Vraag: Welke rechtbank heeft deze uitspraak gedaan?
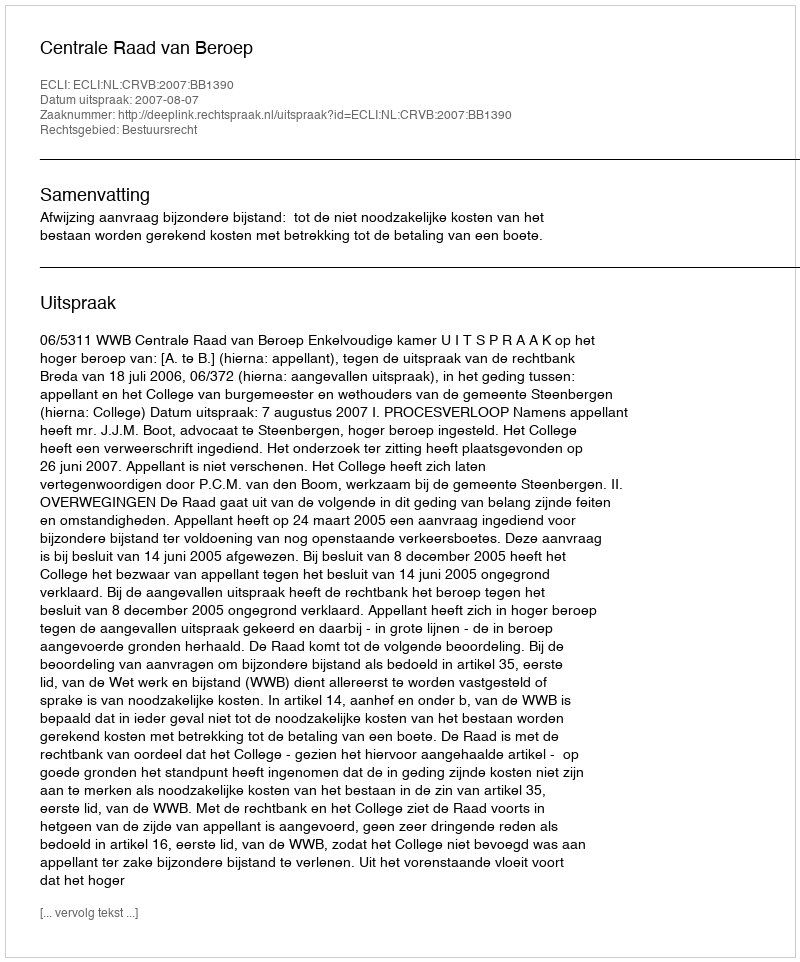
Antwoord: Centrale Raad van Beroep